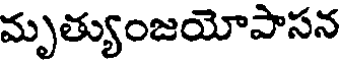
మృత్యుంజయోపాసన